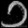
Digit: ၁